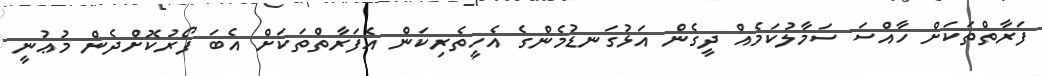
ފަރާތްތަކަށް ހާއްސަ ސަމާލުކަމެއް ދީގެން އަޅުގަނޑުމެންގެ އެހީތެރިކަން އެފަރާތްތަކަށް އެބަ ފޯރުކޮށްދެން މުޢުނީ